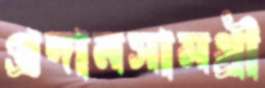
প্রদানসামগ্রী